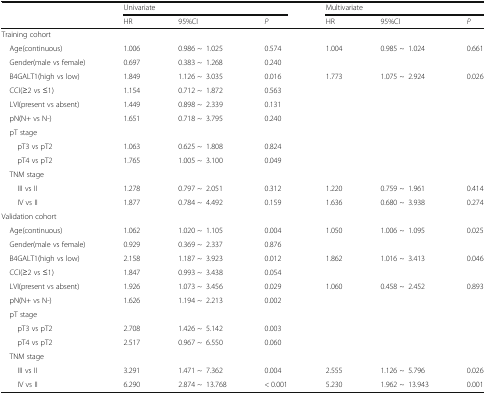
<table><thead><tr><td rowspan="2"></td><td colspan="3"><b>Univariate</b></td><td colspan="3"><b>Multivariate</b></td></tr><tr><td><b>HR</b></td><td><b>95%CI</b></td><td><b><i>P</i></b></td><td><b>HR</b></td><td><b>95%CI</b></td><td><b><i>P</i></b></td></tr></thead><tbody><tr><td colspan="7">Training cohort</td></tr><tr><td> Age(continuous)</td><td>1.006</td><td>0.986 ~1.025</td><td>0.574</td><td>1.004</td><td>0.985 ~1.024</td><td>0.661</td></tr><tr><td> Gender(male vs female)</td><td>0.697</td><td>0.383 ~1.268</td><td>0.240</td><td></td><td></td><td></td></tr><tr><td> B4GALT1(high vs low)</td><td>1.849</td><td>1.126 ~3.035</td><td>0.016</td><td>1.773</td><td>1.075 ~2.924</td><td>0.026</td></tr><tr><td> CCI(≥2 vs ≤1)</td><td>1.154</td><td>0.712 ~1.872</td><td>0.563</td><td></td><td></td><td></td></tr><tr><td> LVI(present vs absent)</td><td>1.449</td><td>0.898 ~2.339</td><td>0.131</td><td></td><td></td><td></td></tr><tr><td> pN(N+ vs N-)</td><td>1.651</td><td>0.718 ~3.795</td><td>0.240</td><td></td><td></td><td></td></tr><tr><td colspan="7"> pT stage</td></tr><tr><td>pT3 vs pT2</td><td>1.063</td><td>0.625 ~1.808</td><td>0.824</td><td></td><td></td><td></td></tr><tr><td>pT4 vs pT2</td><td>1.765</td><td>1.005 ~3.100</td><td>0.049</td><td></td><td></td><td></td></tr><tr><td colspan="7"> TNM stage</td></tr><tr><td>III vs II</td><td>1.278</td><td>0.797 ~2.051</td><td>0.312</td><td>1.220</td><td>0.759 ~1.961</td><td>0.414</td></tr><tr><td>IV vs II</td><td>1.877</td><td>0.784 ~4.492</td><td>0.159</td><td>1.636</td><td>0.680 ~3.938</td><td>0.274</td></tr><tr><td colspan="7">Validation cohort</td></tr><tr><td> Age(continuous)</td><td>1.062</td><td>1.020 ~1.105</td><td>0.004</td><td>1.050</td><td>1.006 ~1.095</td><td>0.025</td></tr><tr><td> Gender(male vs female)</td><td>0.929</td><td>0.369 ~2.337</td><td>0.876</td><td></td><td></td><td></td></tr><tr><td> B4GALT1(high vs low)</td><td>2.158</td><td>1.187 ~3.923</td><td>0.012</td><td>1.862</td><td>1.016 ~3.413</td><td>0.046</td></tr><tr><td> CCI(≥2 vs ≤1)</td><td>1.847</td><td>0.993 ~3.438</td><td>0.054</td><td></td><td></td><td></td></tr><tr><td> LVI(present vs absent)</td><td>1.926</td><td>1.073 ~3.456</td><td>0.029</td><td>1.060</td><td>0.458 ~2.452</td><td>0.893</td></tr><tr><td> pN(N+ vs N-)</td><td>1.626</td><td>1.194 ~2.213</td><td>0.002</td><td></td><td></td><td></td></tr><tr><td colspan="7"> pT stage</td></tr><tr><td>pT3 vs pT2</td><td>2.708</td><td>1.426 ~5.142</td><td>0.003</td><td></td><td></td><td></td></tr><tr><td>pT4 vs pT2</td><td>2.517</td><td>0.967 ~6.550</td><td>0.060</td><td></td><td></td><td></td></tr><tr><td colspan="7"> TNM stage</td></tr><tr><td>III vs II</td><td>3.291</td><td>1.471 ~7.362</td><td>0.004</td><td>2.555</td><td>1.126 ~5.796</td><td>0.026</td></tr><tr><td>IV vs II</td><td>6.290</td><td>2.874 ~13.768</td><td>&lt; 0.001</td><td>5.230</td><td>1.962 ~13.943</td><td>0.001</td></tr></tbody></table>